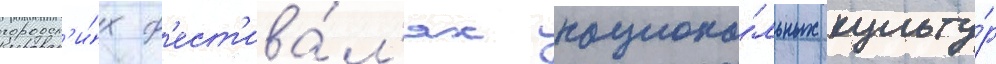
городск'и́х ф'ест'ива́л'ях национа́льных культу́р